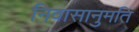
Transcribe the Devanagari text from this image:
निवासानुमति